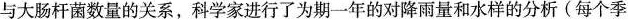
与大肠杆菌数量的关系，科学家进行了为期一年的对降雨量和水样的分析(每个季